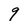
Character: 9